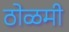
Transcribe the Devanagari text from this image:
ठोळमी